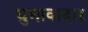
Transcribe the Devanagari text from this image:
घुमावादार